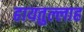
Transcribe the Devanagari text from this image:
हायतुल्लाह